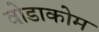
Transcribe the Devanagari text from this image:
वोडाकोम